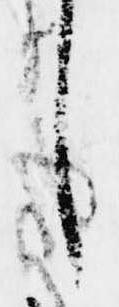
し